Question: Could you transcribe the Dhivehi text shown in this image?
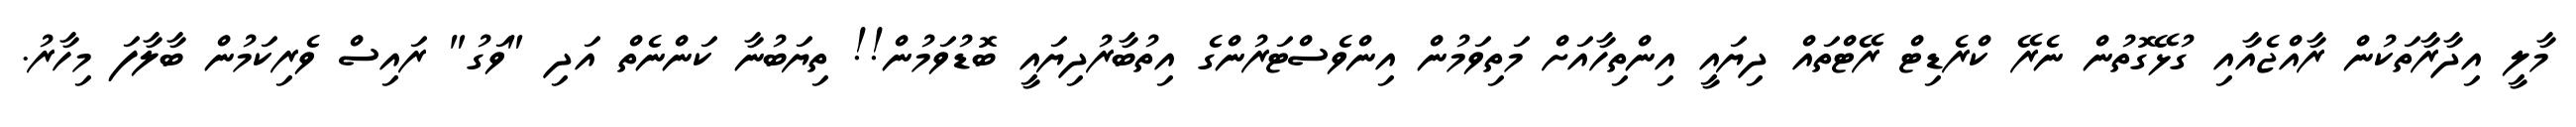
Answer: މާލީ އިދާރާތަކުން ރާއްޖެއާއި ގުޅޭގޮތުން ނެރޭ ކްރެޑިޓް ރޭޓްތައް ދިޔައީ އިންތިހާއަށް މަތިވަމުން އިންވެސްޓަރުންގެ އިތުބާރުދިޔައީ ބޮޑުވަމުން!! ތިޔަބުނާ ކަންނެތް އަދި "ވަގު" ރައިސް ވެރިކަމުން ބާލާފަ މިހާރު.